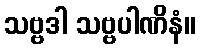
သဗ္ဗဒါ သဗ္ဗပါဏိနံ။